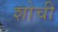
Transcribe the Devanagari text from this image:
शोची